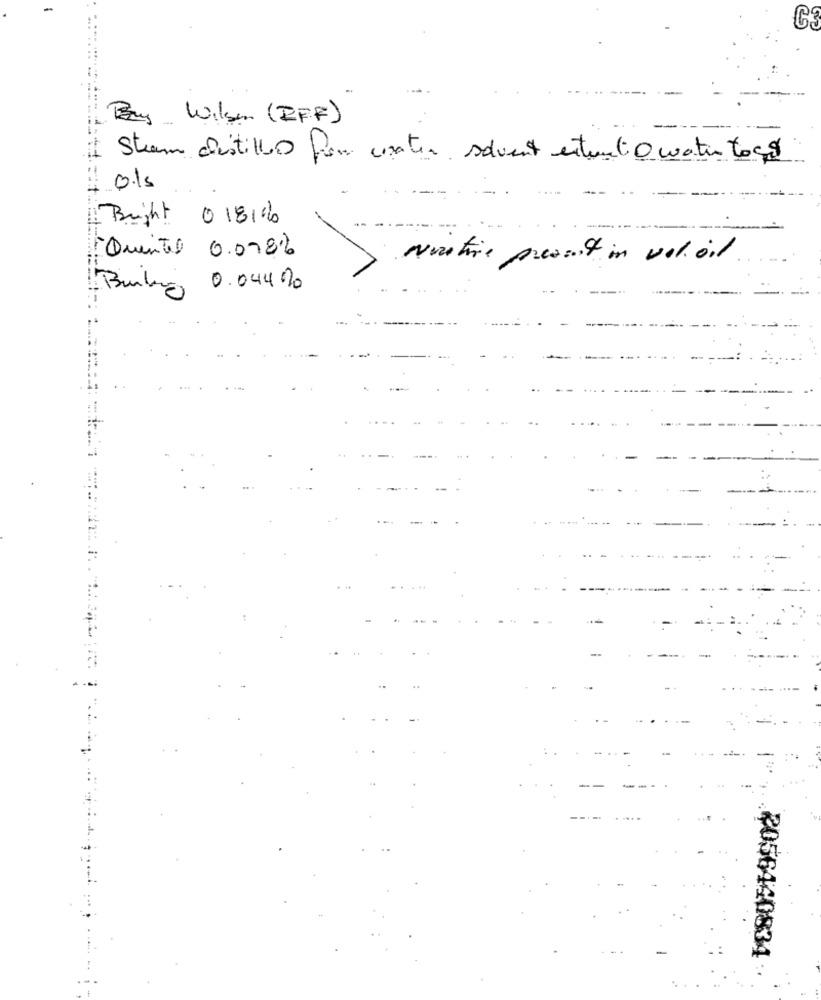
By Wilson (BFF)
Strum distilled for matin solvent extranet 0 water togo
0.15
Bright 0 1816
"Quentel 0.078%
Nostire present in vol. oil
Bulino
0.044 %
2056440834